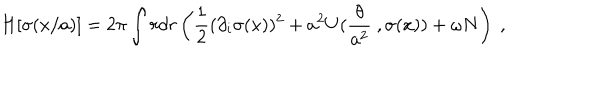
H [ \sigma ( x / a ) ] = 2 \pi \int r d r \left( \frac 1 2 ( \partial _ { i } \sigma ( x ) ) ^ { 2 } + a ^ { 2 } U ( \frac { \theta } { a ^ { 2 } } \ , \sigma ( x ) ) + \omega N \right) \ ,